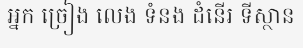
អ្នក ច្រៀង លេង ទំនង ដំនើរ ទីស្ថាន